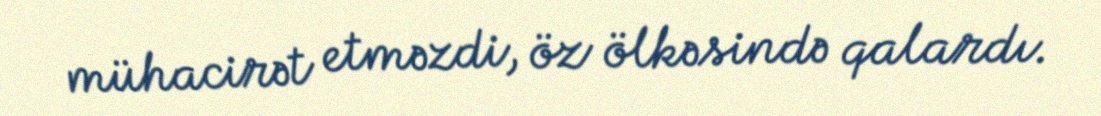
mühacirət etməzdi, öz ölkəsində qalardı.